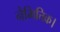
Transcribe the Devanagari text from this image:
नैमित्तिक।